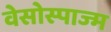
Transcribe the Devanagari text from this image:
वेसोस्पाज्म